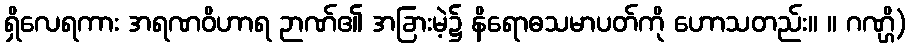
ရှိလေရကား အရဏဝိဟာရ ဉာဏ်၏ အခြားမဲ့၌ နိရောဓသမာပတ်ကို ဟောသတည်း။ ။ ဂဏ္ဌိ)